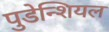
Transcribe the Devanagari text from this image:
पुडेन्शियल